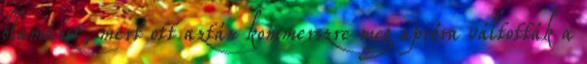
blamázst, mert ott aztán kommerszre meg apróra váltották a